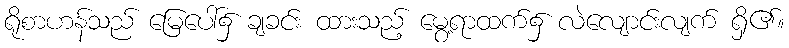
ရိုစာဟန်သည် မြေပေါ်၌ ချခင်း ထားသည့် မွေ့ရာထက်၌ လဲလျောင်းလျက် ရှိ၏။